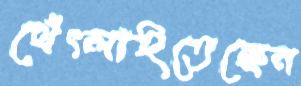
থেঁৎলাইতেছেন